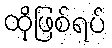
ထိုဖြစ်ရပ်